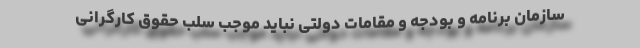
سازمان برنامه و بودجه و مقامات دولتی نباید موجب سلب حقوق کارگرانی